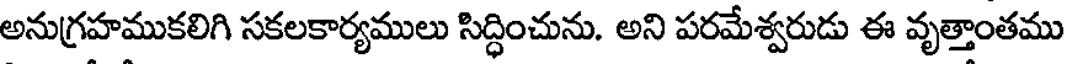
అనుగ్రహముకలిగి సకలకార్యములు సిద్ధించును. అని పరమేశ్వరుడు ఈ వృత్తాంతము